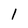
Character: 1